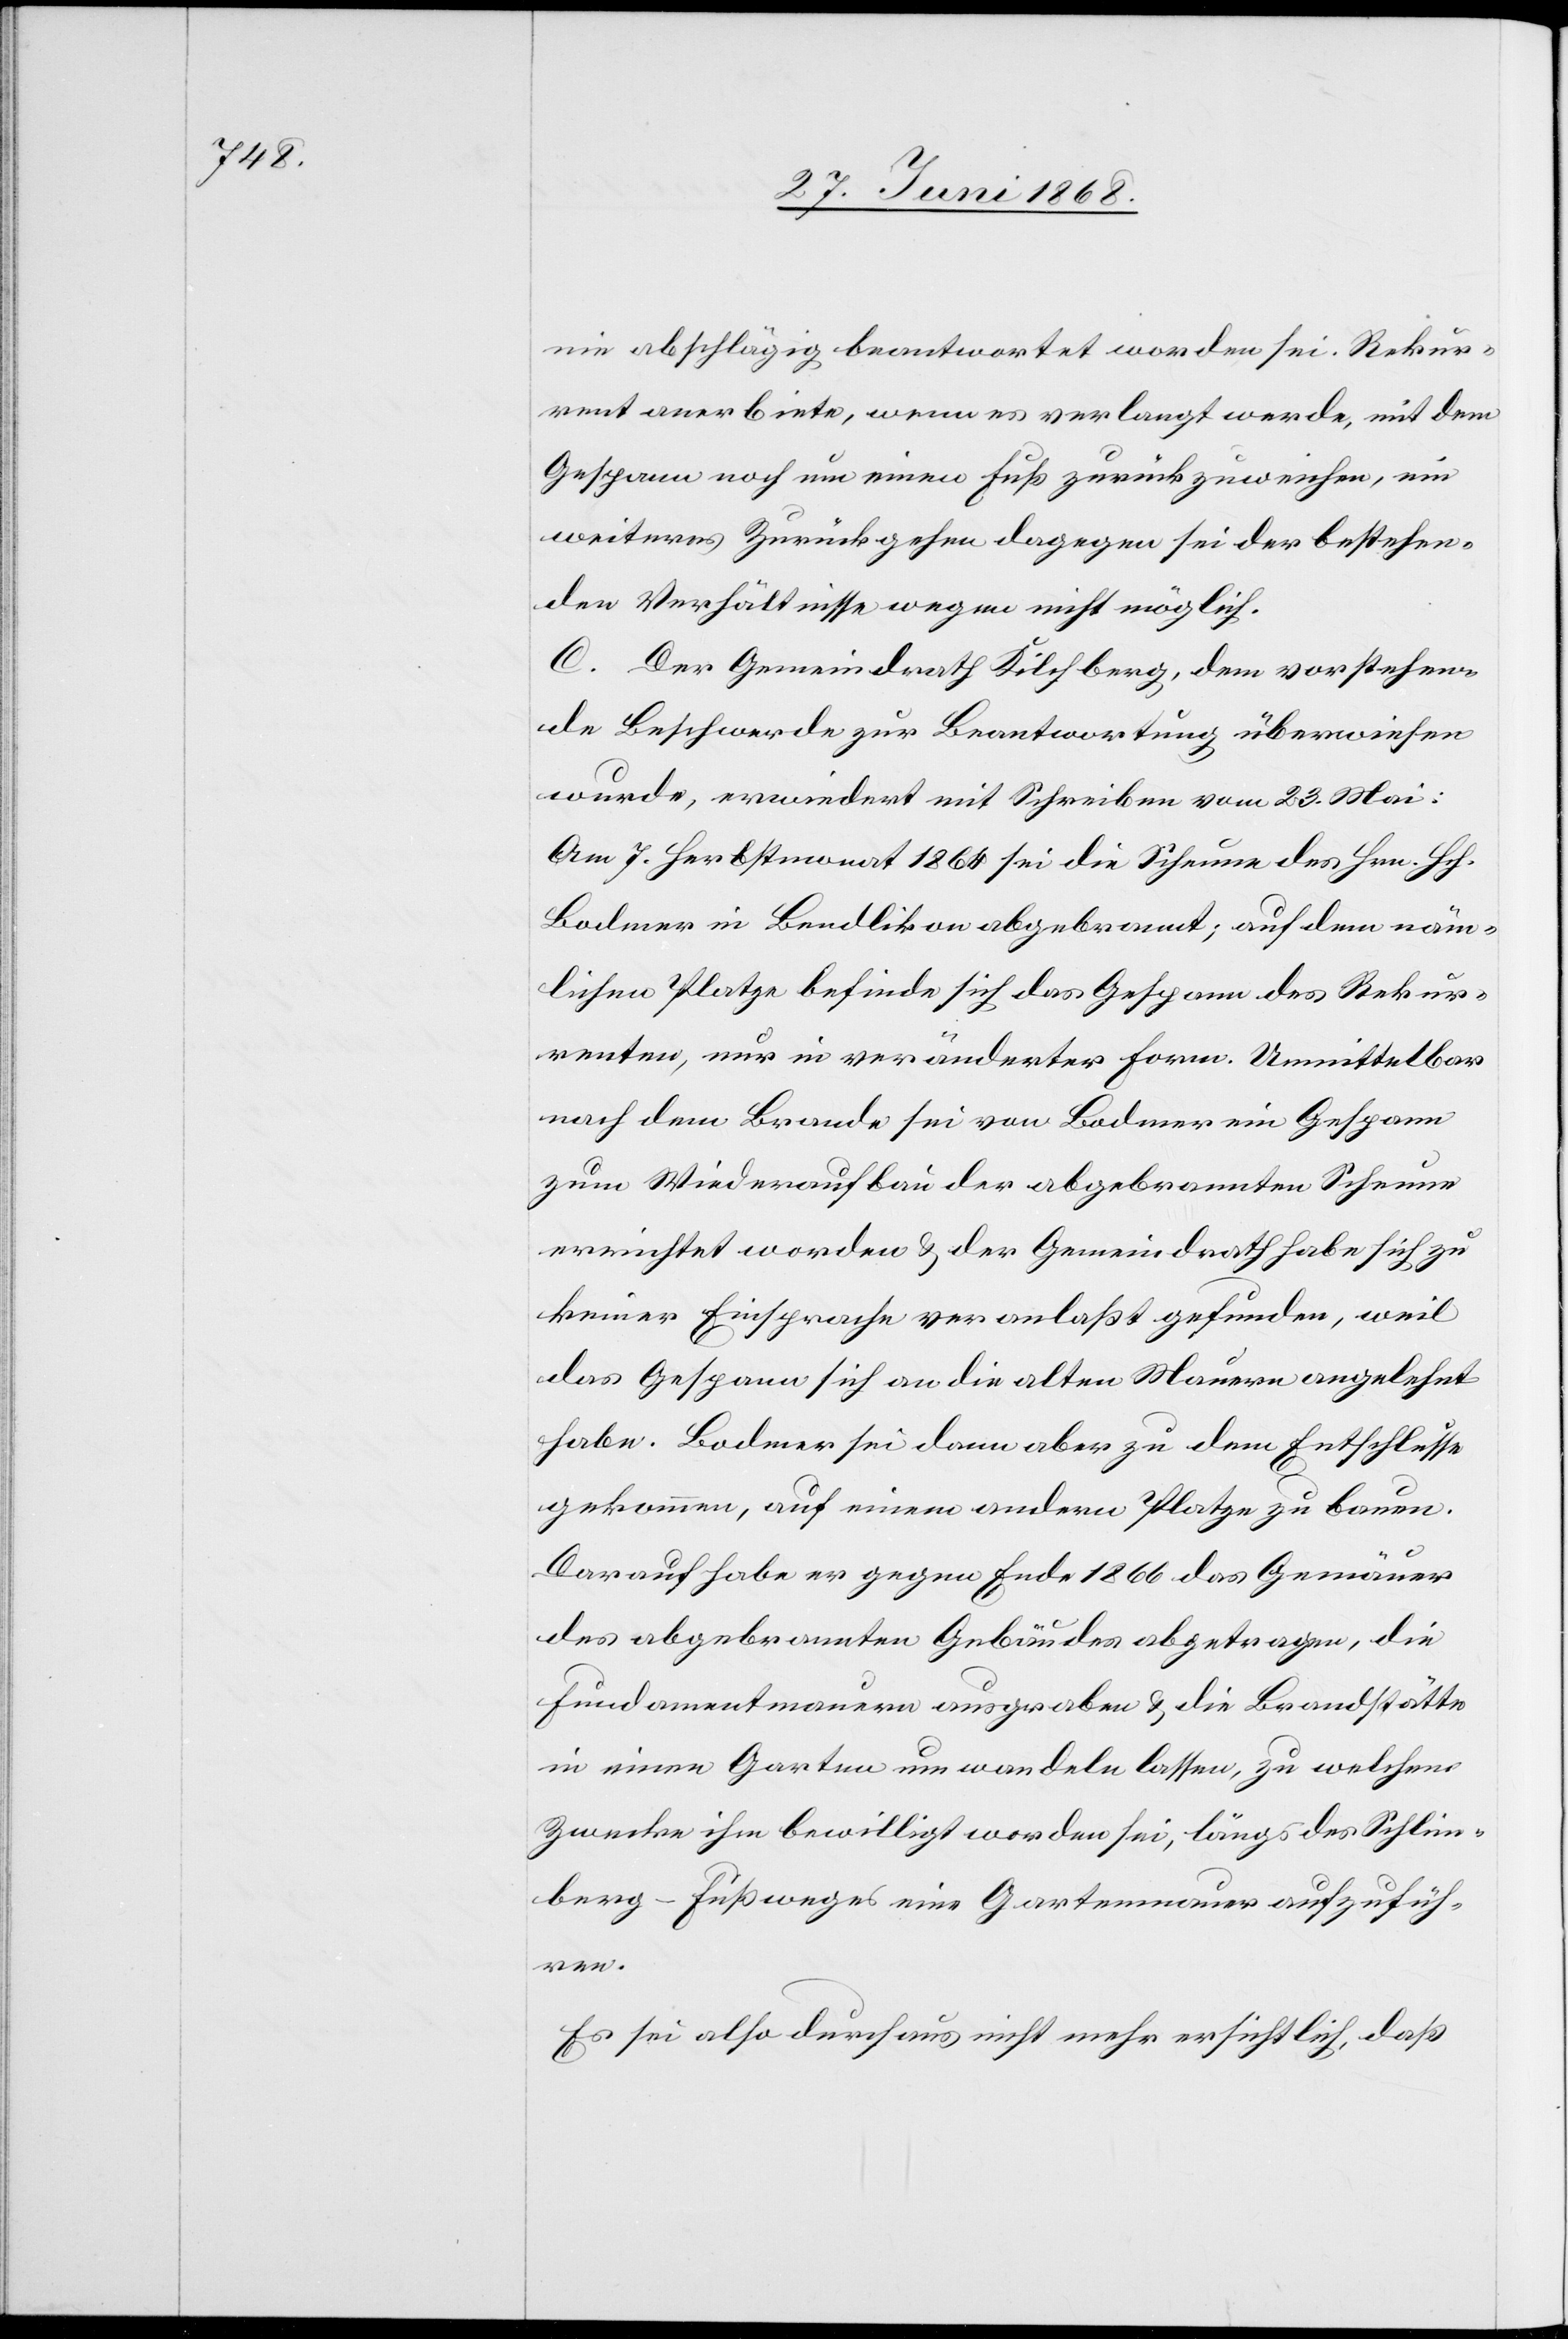
nie abschlägig beantwortet worden sei. Rekur¬
rent anerbiete, wenn es verlangt werde, mit dem
Gespann noch um einen Fuß zurückzuweichen, ein
weiteres Zurückgehen dagegen sei der bestehen¬
den Verhältnisse wegen nicht möglich.
C. Der Gemeindrath Kilchberg, dem vorstehen¬
de Beschwerde zur Beantwortung überwiesen
wurde, erwiedert mit Schreiben vom 23. Mai:
Am 7. Herbstmonat 1864 sei die Scheune des Hrn. Hch.
Bodmer in Bendlikon abgebrannt; auf dem näm¬
lichen Platze befinde sich das Gespann des Rekur¬
renten, nur in veränderter Form. Unmittelbar
nach dem Brande sei von Bodmer ein Gespann
zum Wiederaufbau der abgebrannten Scheune
errichtet worden & der Gemeindrath habe sich zu
keiner Einsprache veranlaßt gefunden, weil
das Gespann sich an die alten Mauern angelehnt
habe. Bodmer sei dann aber zu dem Entschlusse
gekommen, auf einem andern Platze zu bauen.
Darauf habe er gegen Ende 1866 das Gemäuer
des abgebrannten Gebäudes abgetragen, die
Fundamentmauern ausgraben & die Brandstätte
in einen Garten umwandeln lassen, zu welchem
Zwecke ihm bewilligt worden sei, längs des Schlim¬
berg-Fußweges eine Gartenmauer aufzufüh¬
ren.
Es sei also durchaus nicht mehr ersichtlich, daß